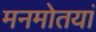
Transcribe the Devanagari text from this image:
मनमोतयां